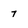
Character: 7